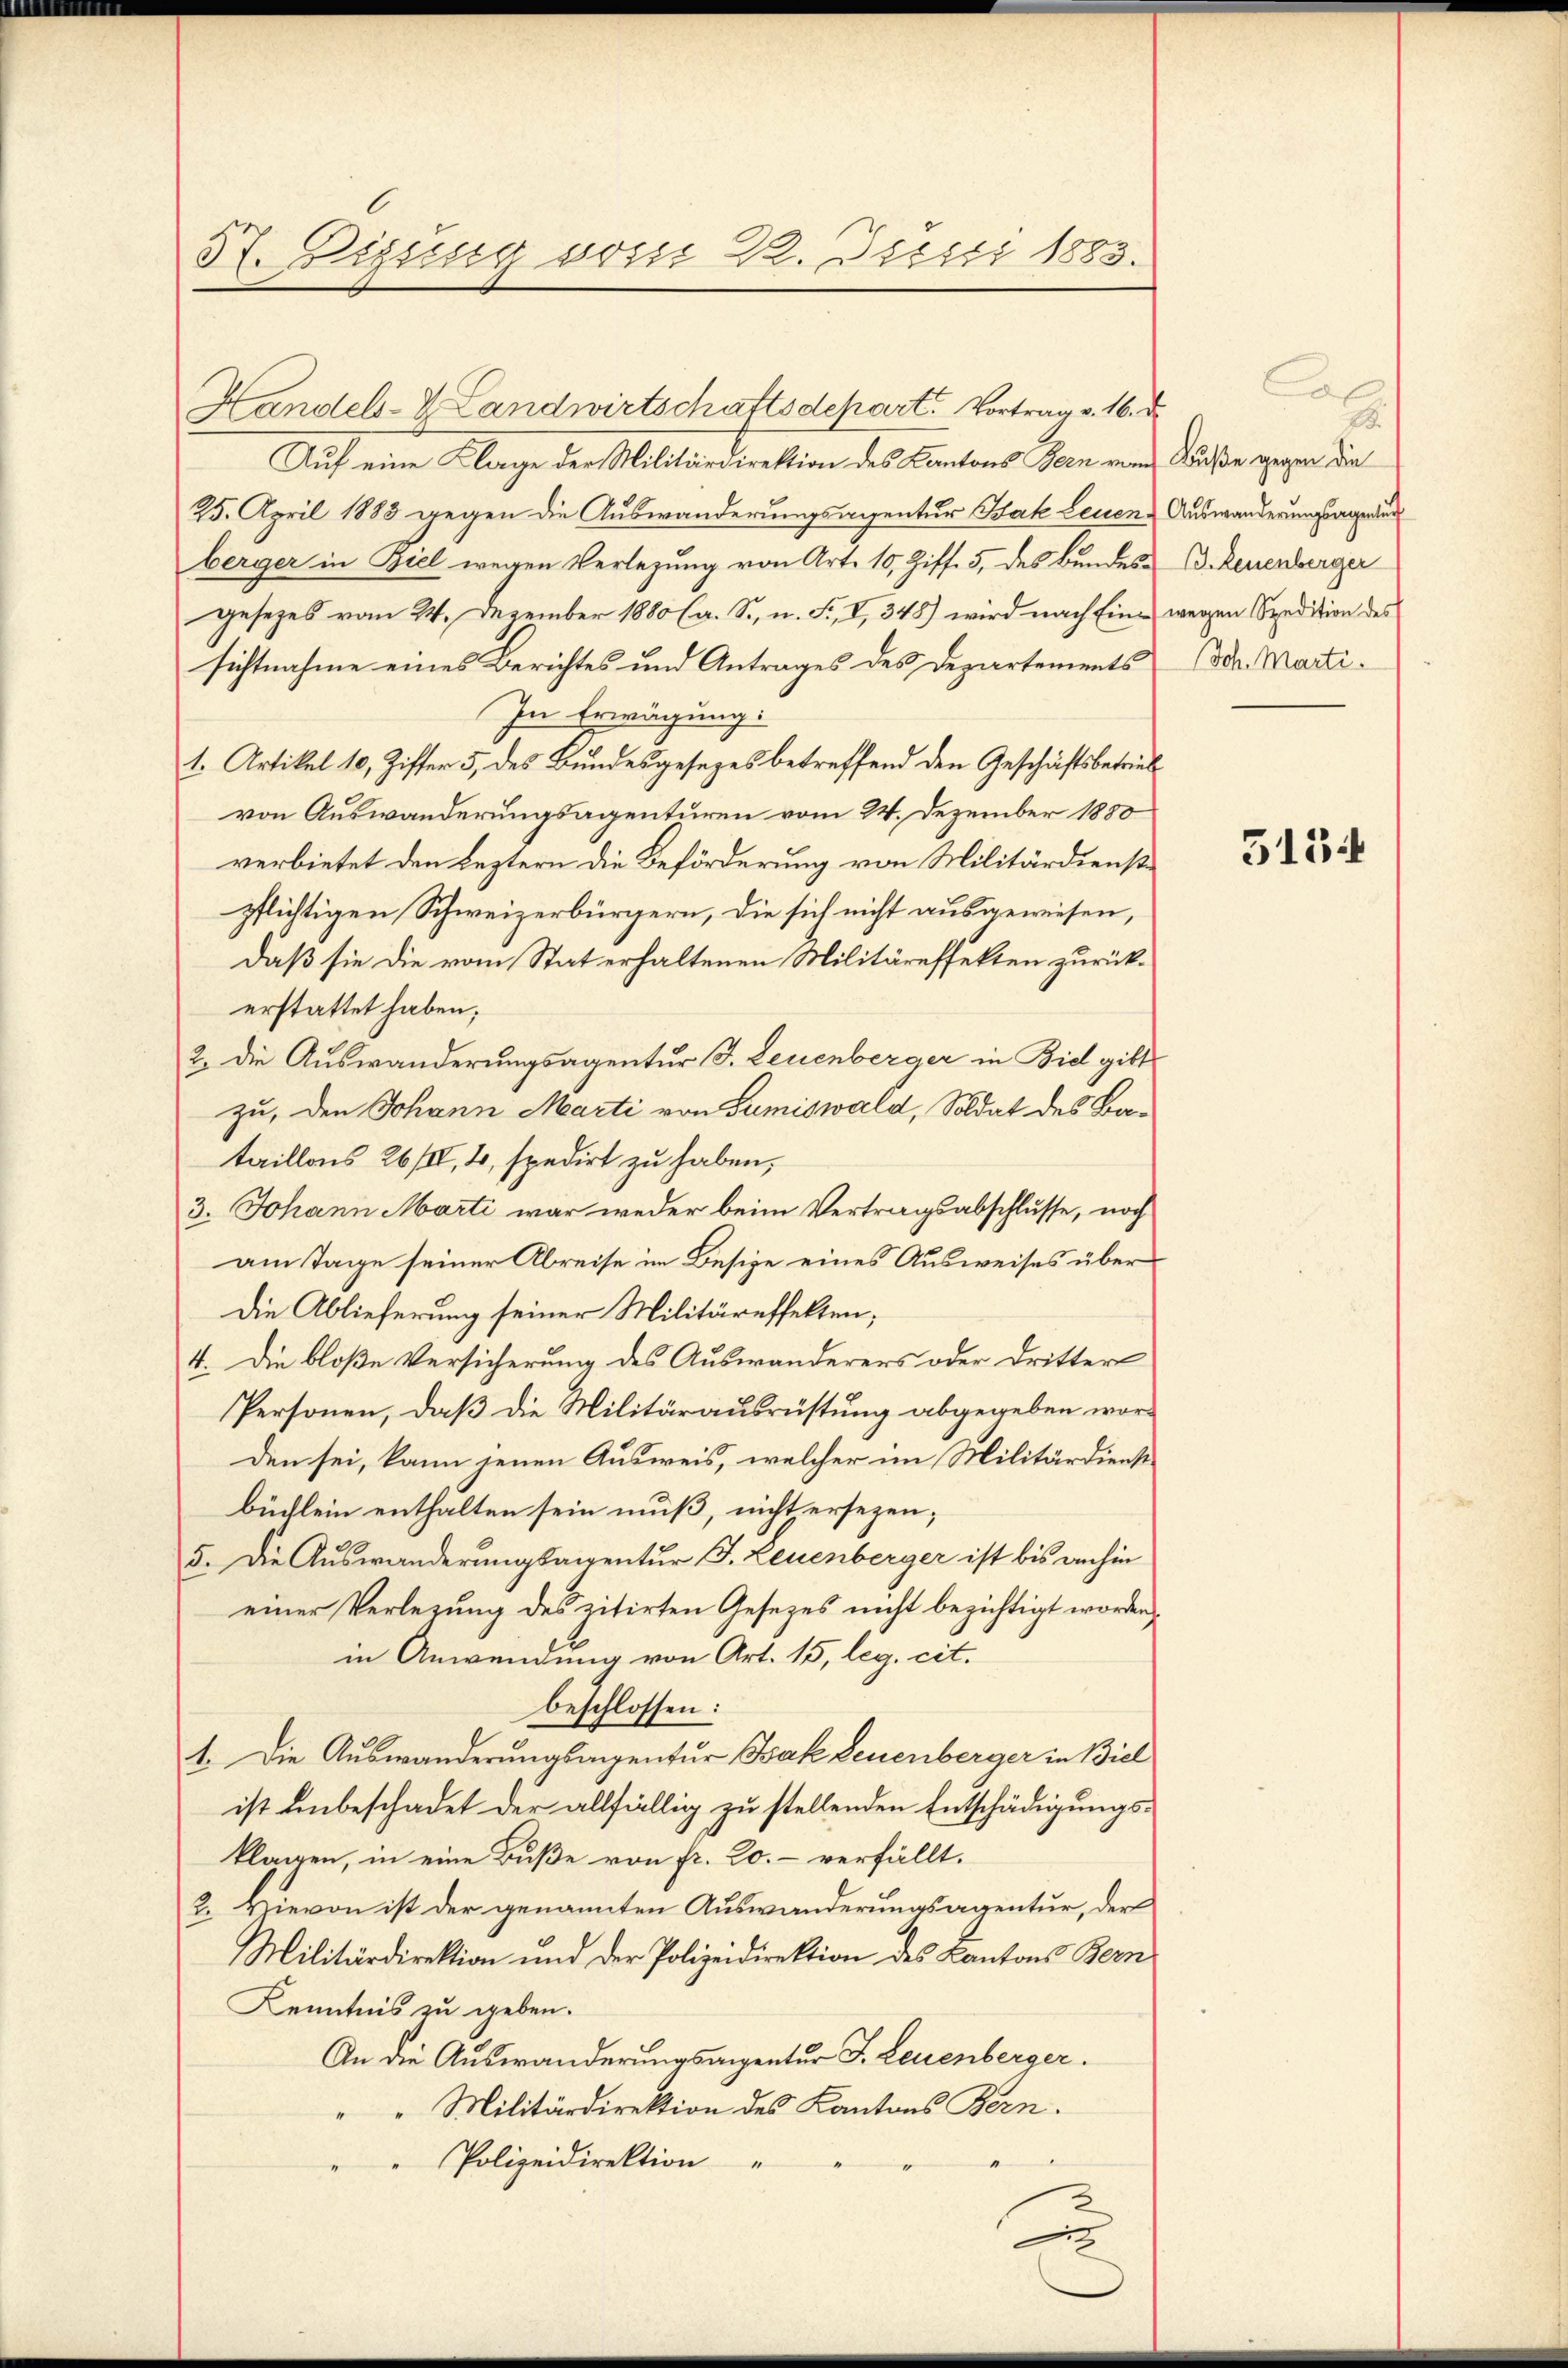
37. Dizung possi 2. Dietri 1883.

Auf eine Klage der Militärdirektion des Kantons Bern vom Buße gegen die
25. April 1883 gegen die Auswanderungsagentur Bak Leuen.
berger in Biel wegen Verlegung von Art. 10, Ziff. 5, des Bundes
gesezes vom 24. Dezember 1880 (a. S., n. Fr., I, 348) wird nach Einsichtnahme eines Berichtes und Antrages des Departements
In Erwägung.
t. Artikel 10, Ziffer 5 des Bundesgesezes betreffend den Geschäftsbetrieb
von Auswanderungsagenturen vom 24. Dezember 1880
verbietet den Leztern die Beförderung von Militärdienstpflichtigen Schweizerbürgern, die sich nicht ausgewiesen,
daß sie die vom Stat erhaltenen Militäreffekten zurückerstattet haben;
2. Die Auswanderungsagentur J. Leuenberger in Biel gibt
zu, den Johann Marti von Sumiswald, Soldat des Bataillonis 26/II, 4, spedirt zu haben,
3. Johann Marti war weder beim Vertragsabschlusse, noch
am Tage seiner Abreise im Besize eines Ausweises über
Die Ablieferung seiner Militäreffekten;
4. Die bloße Versicherung des Auswanderers oder Dritter
Personen, daß die Militärausrüstung abgegeben wor-
den sei, kann jenen Ausweis, welcher im Militärdienstebüchlein enthalten sein muß, nicht ersezen;
5. Die Auswanderungsanentur J. Leuenberger ist bis anhin
einer Verlegung des zitirten Gesetzes nicht bezichtigt worden
in Anwendung von Art. 15, leg. cit.
beschlossen:
1. Die Auswanderungsangentur Bak Leuenberger in Biel
ist unbeschadet der allfällig zu stellenden Entschädigungsklagen, in eine Buße von fr. 20.- verfällt.
2. Hievon ist der genannten Auswanderungsagentur, der
Militärdirektion und der Polizeidirektion des Kantons Bern
Kenntnis zu geben.
An die Auswanderungsangentur J. Leuenberger.
Militärdirektion des Kantons Bern.
Polizeidirektion
n

Handels- & Landwirtschaftsdepart. Vortrag v. 16. d.

2
Auswanderungsagentu
B. Leuenberger
wegen Spedition des
Ich. Marti.

5134